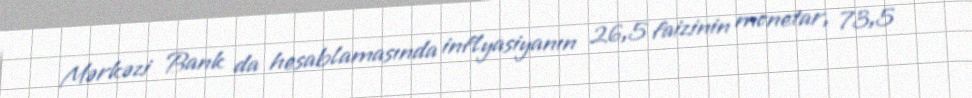
Mərkəzi Bank da hesablamasında inflyasiyanın 26,5 faizinin monetar, 73,5